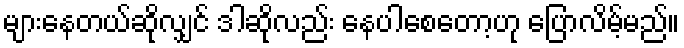
များနေတယ်ဆိုလျှင် ဒါဆိုလည်း နေပါစေတော့ဟု ပြောလိမ့်မည်။